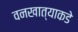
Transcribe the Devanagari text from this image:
वनखात्याकडे